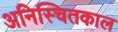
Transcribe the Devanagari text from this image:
अनिस्चितकाल